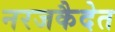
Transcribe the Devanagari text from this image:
नरजकैदेत